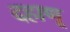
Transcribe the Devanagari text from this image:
दहाणू